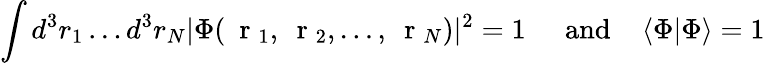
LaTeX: \int d^{3}r_{1}\dots d^{3}r_{N}|\Phi(\mathrm{~\mathbf~r~}_{1},\mathrm{~\mathbf~r~}_{2},\dots,\mathrm{~\mathbf~r~}_{N})|^{2}=1\; \; \; \; \; \mathrm{and}\; \; \; \; \langle\Phi|\Phi\rangle=1